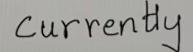
Currently